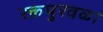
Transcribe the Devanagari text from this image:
रक्तपुरवळा